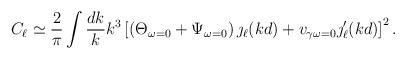
LaTeX: \begin{align*}C_{\ell}\simeq\frac{2}{\pi}\int\frac{dk}{k}k^3\left[\left(\Theta_{\omega=0}+\Psi_{\omega=0}\right)\jmath_{\ell}(kd)+v_{\gamma\omega=0}\jmath '_{\ell}(kd)\right]^2 .\end{align*}